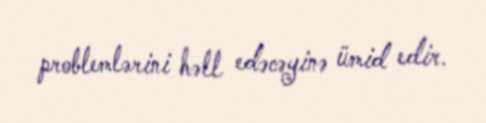
problemlərini həll edəcəyinə ümid edir.